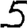
Digit: 5